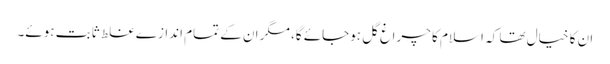
ان کا خیال تھا کہ اسلام کا چراغ گل ہوجائے گا، مگر ان کے تمام اندازے غلط ثابت ہوئے۔